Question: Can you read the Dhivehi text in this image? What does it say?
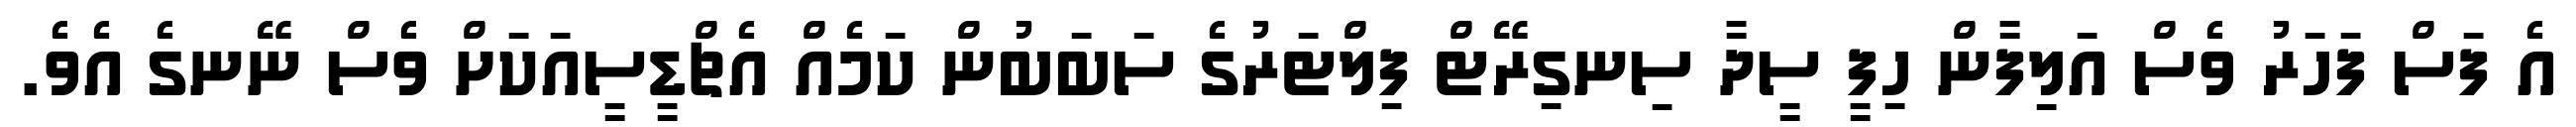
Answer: އެ ފަސް ފަހަރު ވެސް އަލިފާން ހިފީ ސީދާ ސިނގިރޭޓް ފިލްޓަރުގެ ސަބަބުން ކަމެއް އެޗްޑީސީއަކަށް ވެސް ނޭނގެ އެވެ.